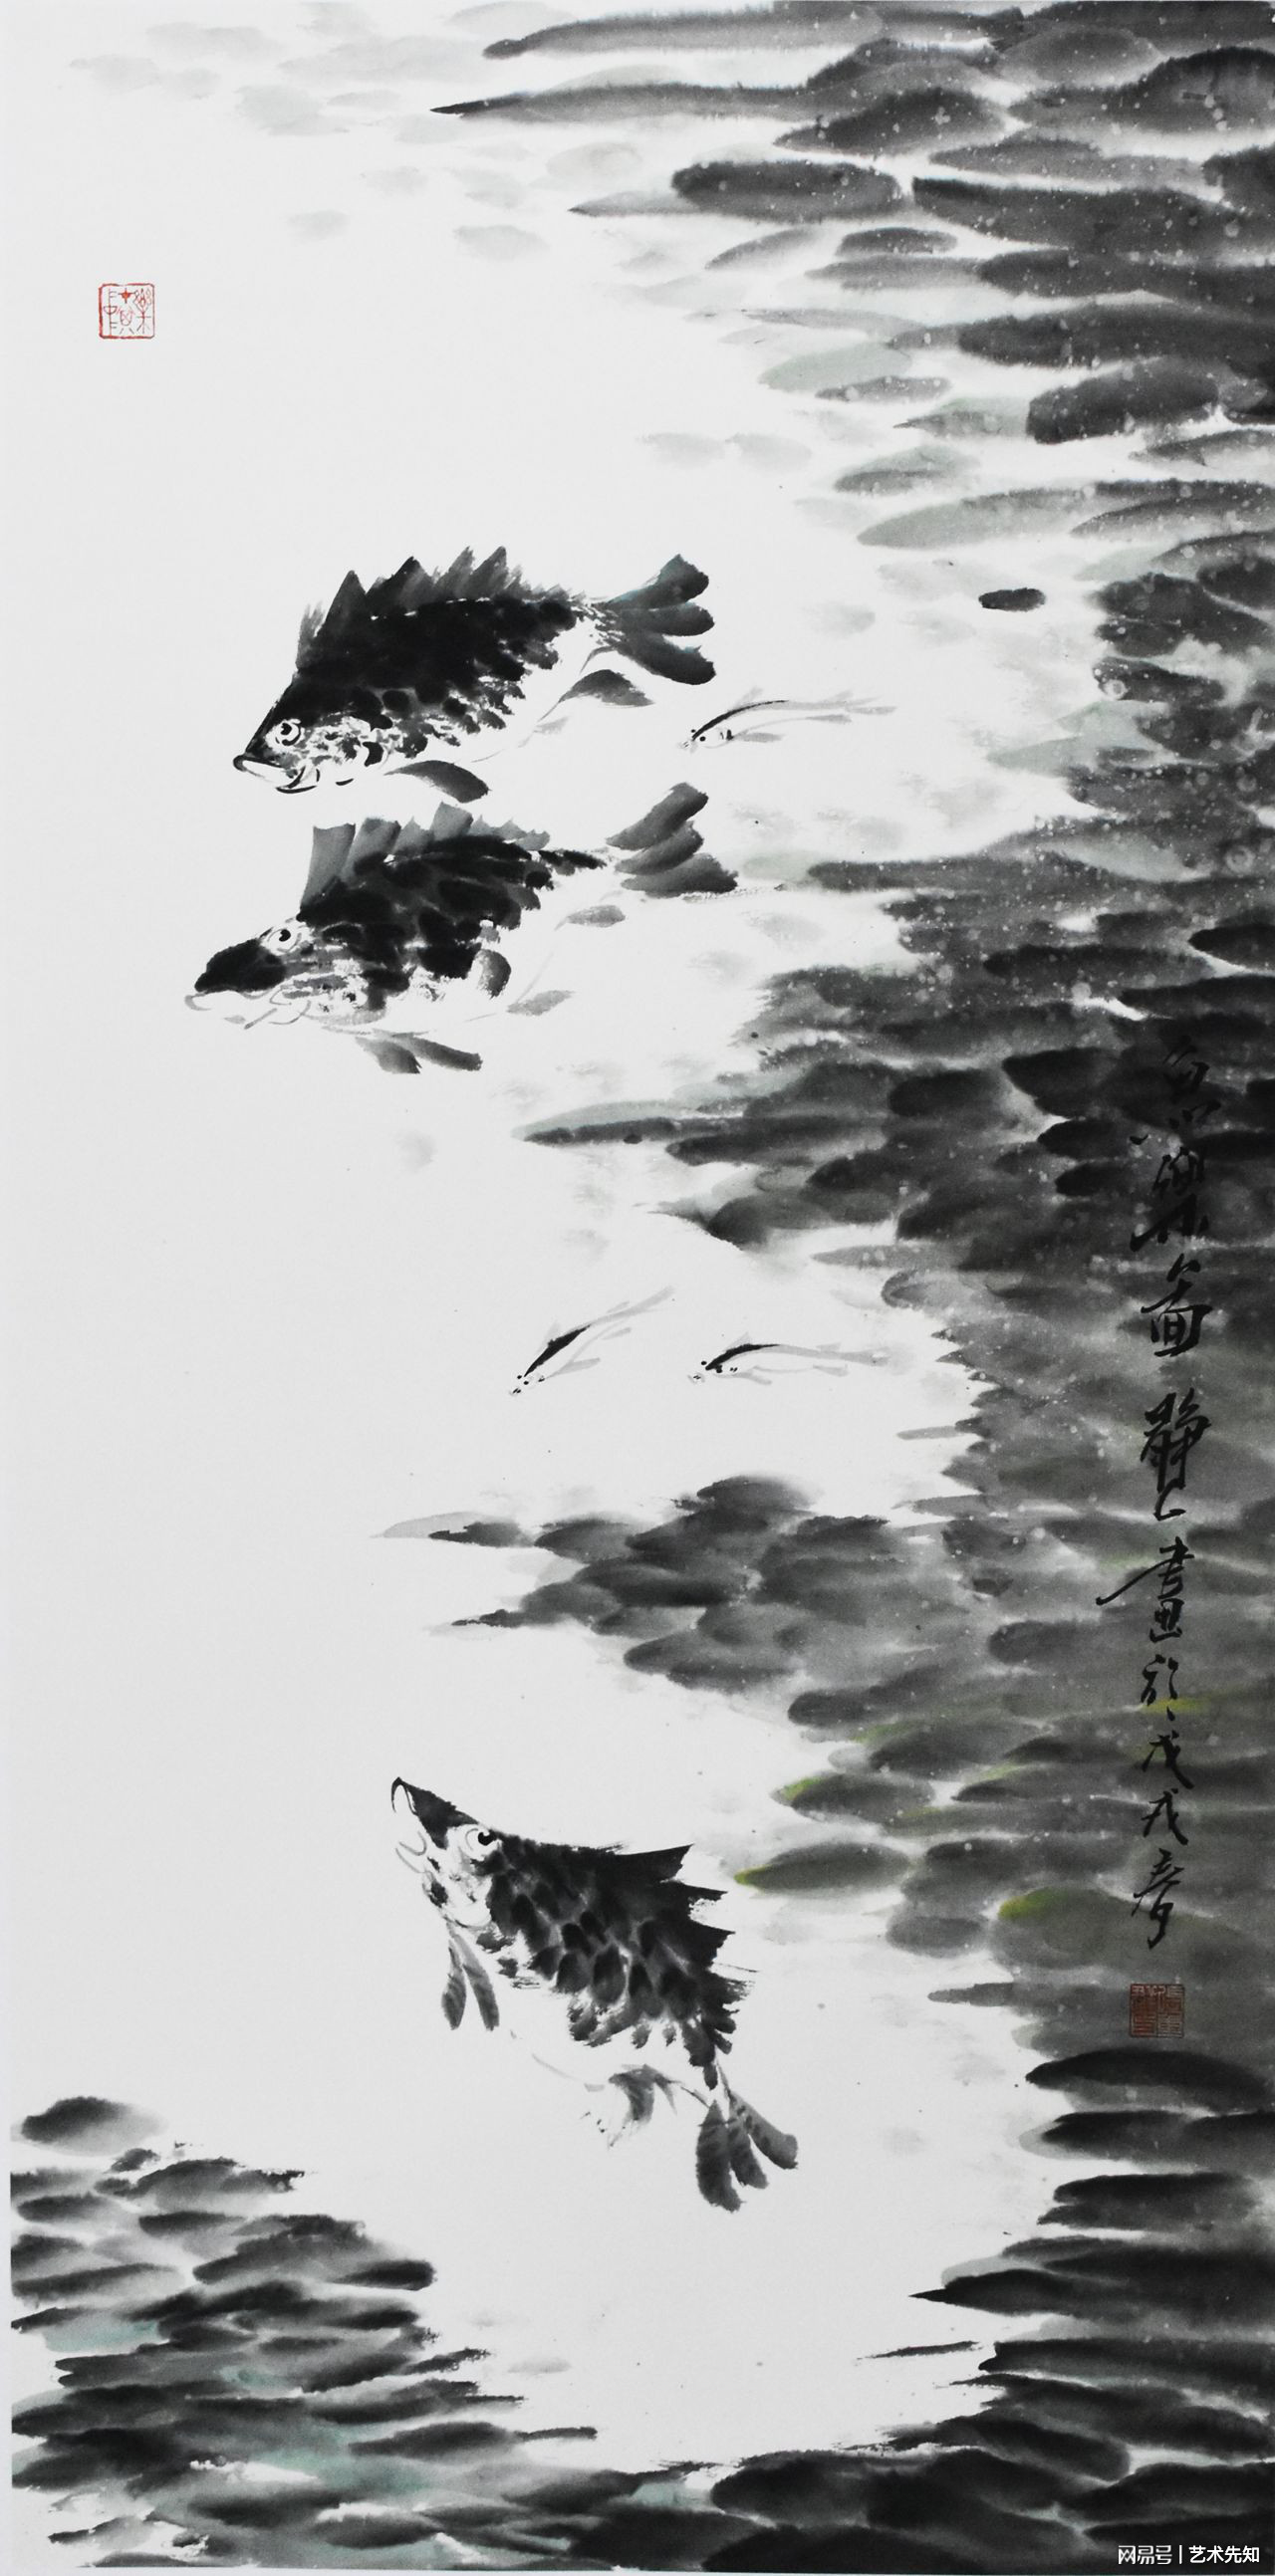
南去北来徒自老，故人稀。